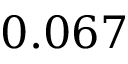
0 . 0 6 7